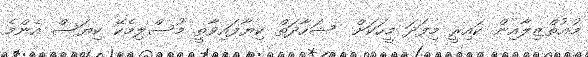
މުޢުތްޒިލާއިން ކައިރީ މިފަދަ މީހަކަށް  ޝަހާދަތް ކިޔާފައިވާތީ މުސްލިމެކޭ ކިޔަސް އެންމެ